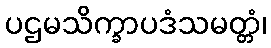
ပဌမသိက္ခာပဒံသမတ္တံ၊